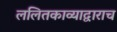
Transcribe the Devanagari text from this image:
ललितकाव्याद्वाराच